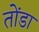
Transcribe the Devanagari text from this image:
तोंडा